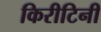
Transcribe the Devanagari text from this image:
किरीटिनी